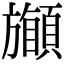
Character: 𩔽